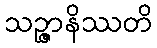
သဉ္ဇာနိဿတိ